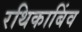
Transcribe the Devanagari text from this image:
रथिकाबिंव